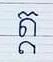
ត្ត